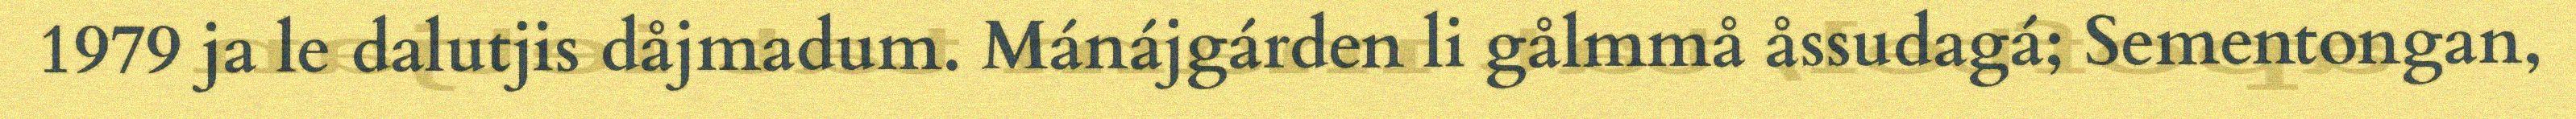
1979 ja le dalutjis dåjmadum. Mánájgárden li gålmmå åssudagá; Sementongan,